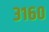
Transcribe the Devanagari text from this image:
३१६०